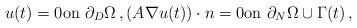
LaTeX: \begin{align*}u(t)=0 \hbox{on } \partial_D\Omega \,,(A \nabla u(t))\cdot n = 0 \hbox{on }\partial_N\Omega \cup \Gamma(t)\,,\end{align*}